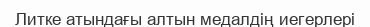
Литке атындағы алтын медалдің иегерлері